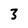
Character: 3